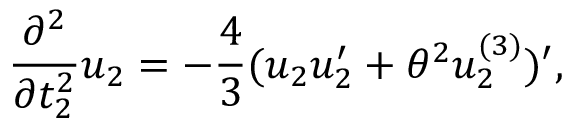
\frac { \partial ^ { 2 } } { \partial t _ { 2 } ^ { 2 } } u _ { 2 } = - \frac { 4 } { 3 } ( u _ { 2 } u _ { 2 } ^ { \prime } + { \theta } ^ { 2 } u _ { 2 } ^ { ( 3 ) } ) ^ { \prime } ,